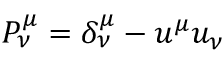
P _ { \nu } ^ { \mu } = \delta _ { \nu } ^ { \mu } - u ^ { \mu } u _ { \nu }